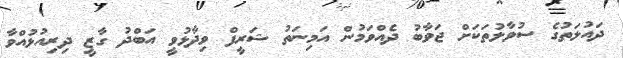
ދައުލަތުގެ ސުވާލުތަކަށް ޖަވާބު ދެއްވަމުން އަމިނަތު ޝަރީފް ވިދާޅުވީ އަބްދު ގާޒީ ދިރިއުޅުއްވާ